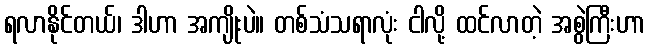
ရလာနိုင်တယ်၊ ဒါဟာ အကျိုးပဲ။ တစ်သံသရာလုံး ငါလို့ ထင်လာတဲ့ အစွဲကြီးဟာ